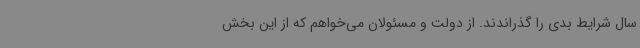
سال شرایط بدی را گذراندند. از دولت و مسئولان می‌خواهم که از این بخش